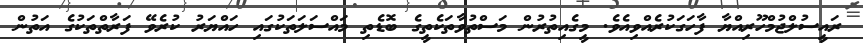
ރައީސުލްޖުމްހޫރިއްޔާ ފާހަގަކުރެއްވިއެވެ. މީގެއިތުރުން މަސްތުވާތަކެތީގެ ބޮޑެތި މައްސަލަތަކުގައި ހައްޔަރު ކުރެވޭ ފަރާތްތަކުގެ އަތުން